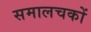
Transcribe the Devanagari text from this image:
समालचकों